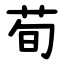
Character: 荀